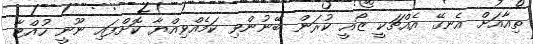
ތިއާއަށް އެނގޭ އެއްޗަކީ ޒޯއީ ކުރަން ބޭނުންވި ކަމެއްވިއްޔާ ކޮށްފައި ނޫނީ ހުއްޓާ